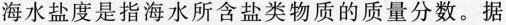
海水盐度是指海水所含盐类物质的质量分数。据